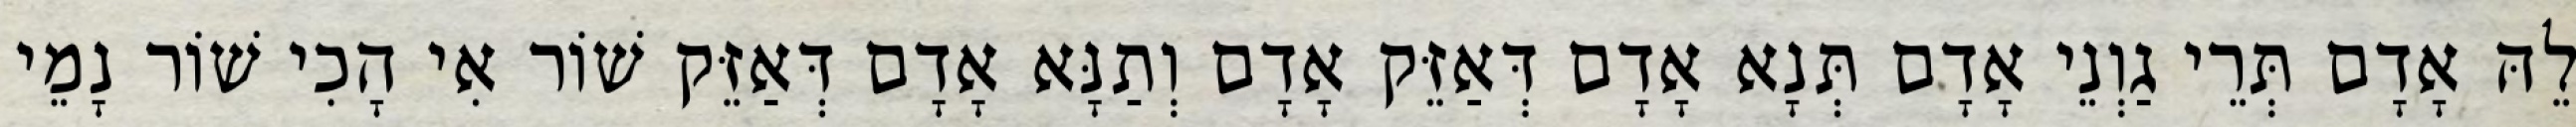
לֵהּ אָדָם תְּרֵי גַוְנֵי אָדָם תְּנָא אָדָם דְּאַזֵּק אָדָם וְתַנָּא אָדָם דְּאַזֵּק שׁוֹר אִי הָכִי שׁוֹר נָמֵי